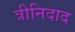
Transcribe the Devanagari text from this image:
त्रीनिदाद